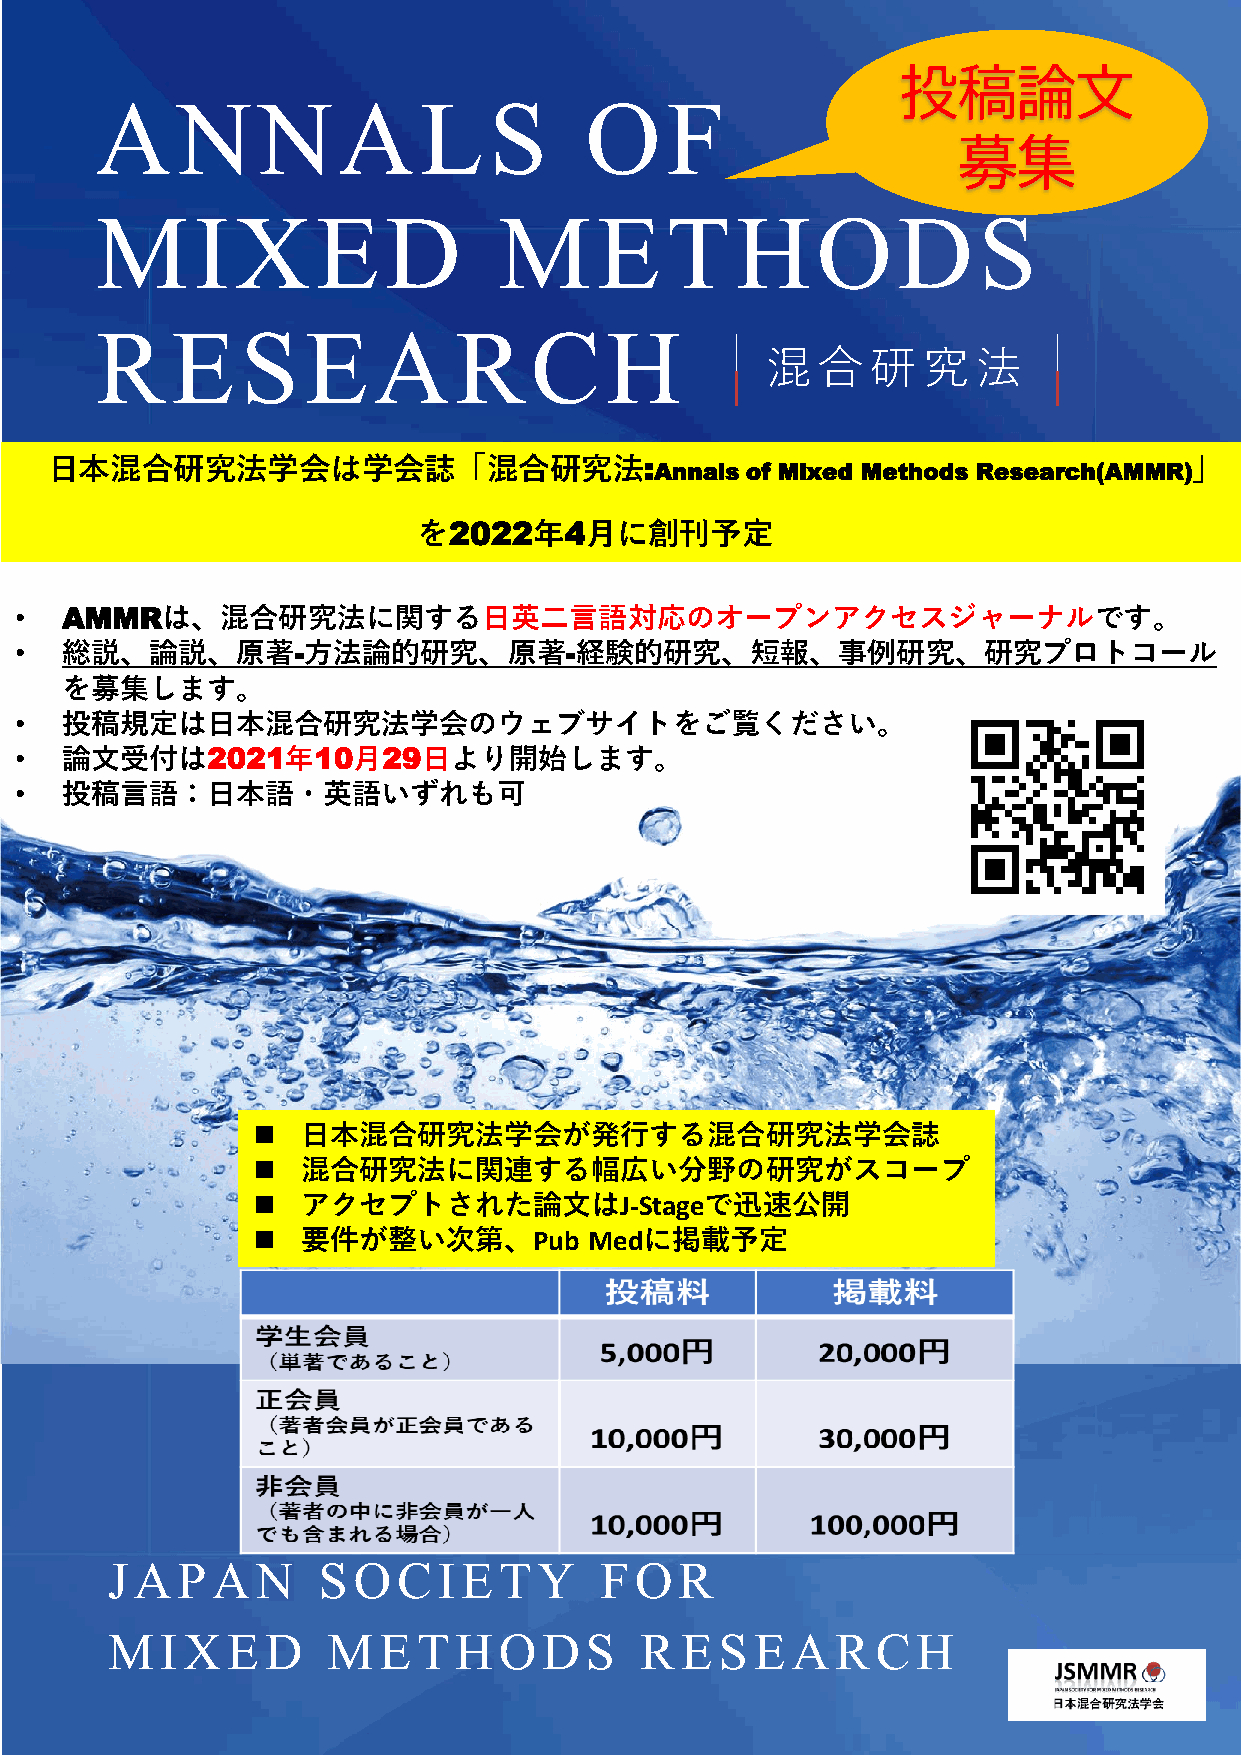
投稿論文
 ANNALS                           OF
 募集
 MIXED                      METHODS
 RESEARCH
 混  合   研  究   法
 日本混合研究法学会は学会誌「混合研究法:                                                        」
 Annals of Mixed Methods Research(AMMR)
 を2022年4月に創刊予定
 •  AMMRは、混合研究法に関する日英二言語対応のオープンアクセスジャーナルです。
 •  総説、論説、原著-方法論的研究、原著-経験的研究、短報、事例研究、研究プロトコール
 を募集します。
 •  投稿規定は日本混合研究法学会のウェブサイトをご覧ください。
 •  論文受付は2021年10月29日より開始します。
 •  投稿言語：日本語・英語いずれも可
 ◼  日本混合研究法学会が発行する混合研究法学会誌
 ◼  混合研究法に関連する幅広い分野の研究がスコープ
 ◼  アクセプトされた論文はJ-Stageで迅速公開
 ◼  要件が整い次第、Pub        Medに掲載予定
 JAPAN         SOCIETY            FOR
 MIXED          METHODS             RESEARCH